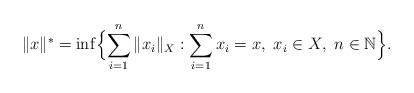
LaTeX: \begin{align*}\|x\|^*=\inf\Bigl\{\sum_{i=1}^n \|x_i\|_{X}:\sum_{i=1}^n x_i=x,\ x_i \in X, \ n\in\mathbb{N}\Bigr\}.\end{align*}